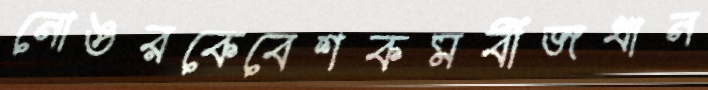
নোঙরকেবেশকমবীজধান